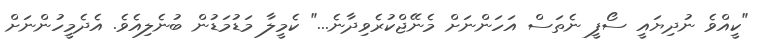
"ކީއްވެ ނުދިޔައީ ސޯފީ ނެތަސް އަހަންނަށް މެނޭޖްކުރެވިދާނެ..." ކެމީލާ މަޑުމަޑުން ބުނެލިއެވެ. އެދެމީހުންނަށް